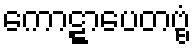
ကောဋ္ဋာပေတဗ္ဗံ